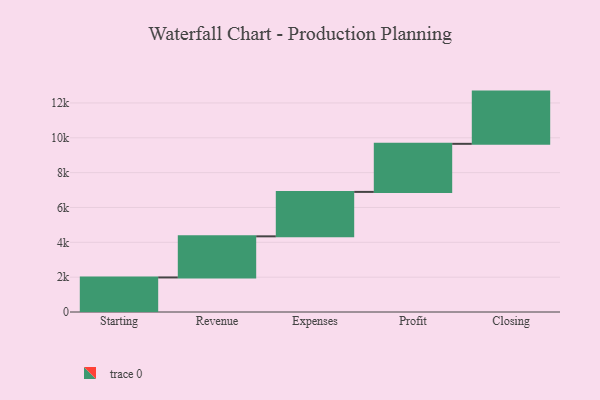
{"axis": {"x": "Step", "y": "Value"}, "legend": [""], "data": [{"x": "Starting", "y": 1983.0, "type": ""}, {"x": "Revenue", "y": 2360.0, "type": ""}, {"x": "Expenses", "y": 2551.0, "type": ""}, {"x": "Profit", "y": 2759.0, "type": ""}, {"x": "Closing", "y": 2998.0, "type": ""}]}